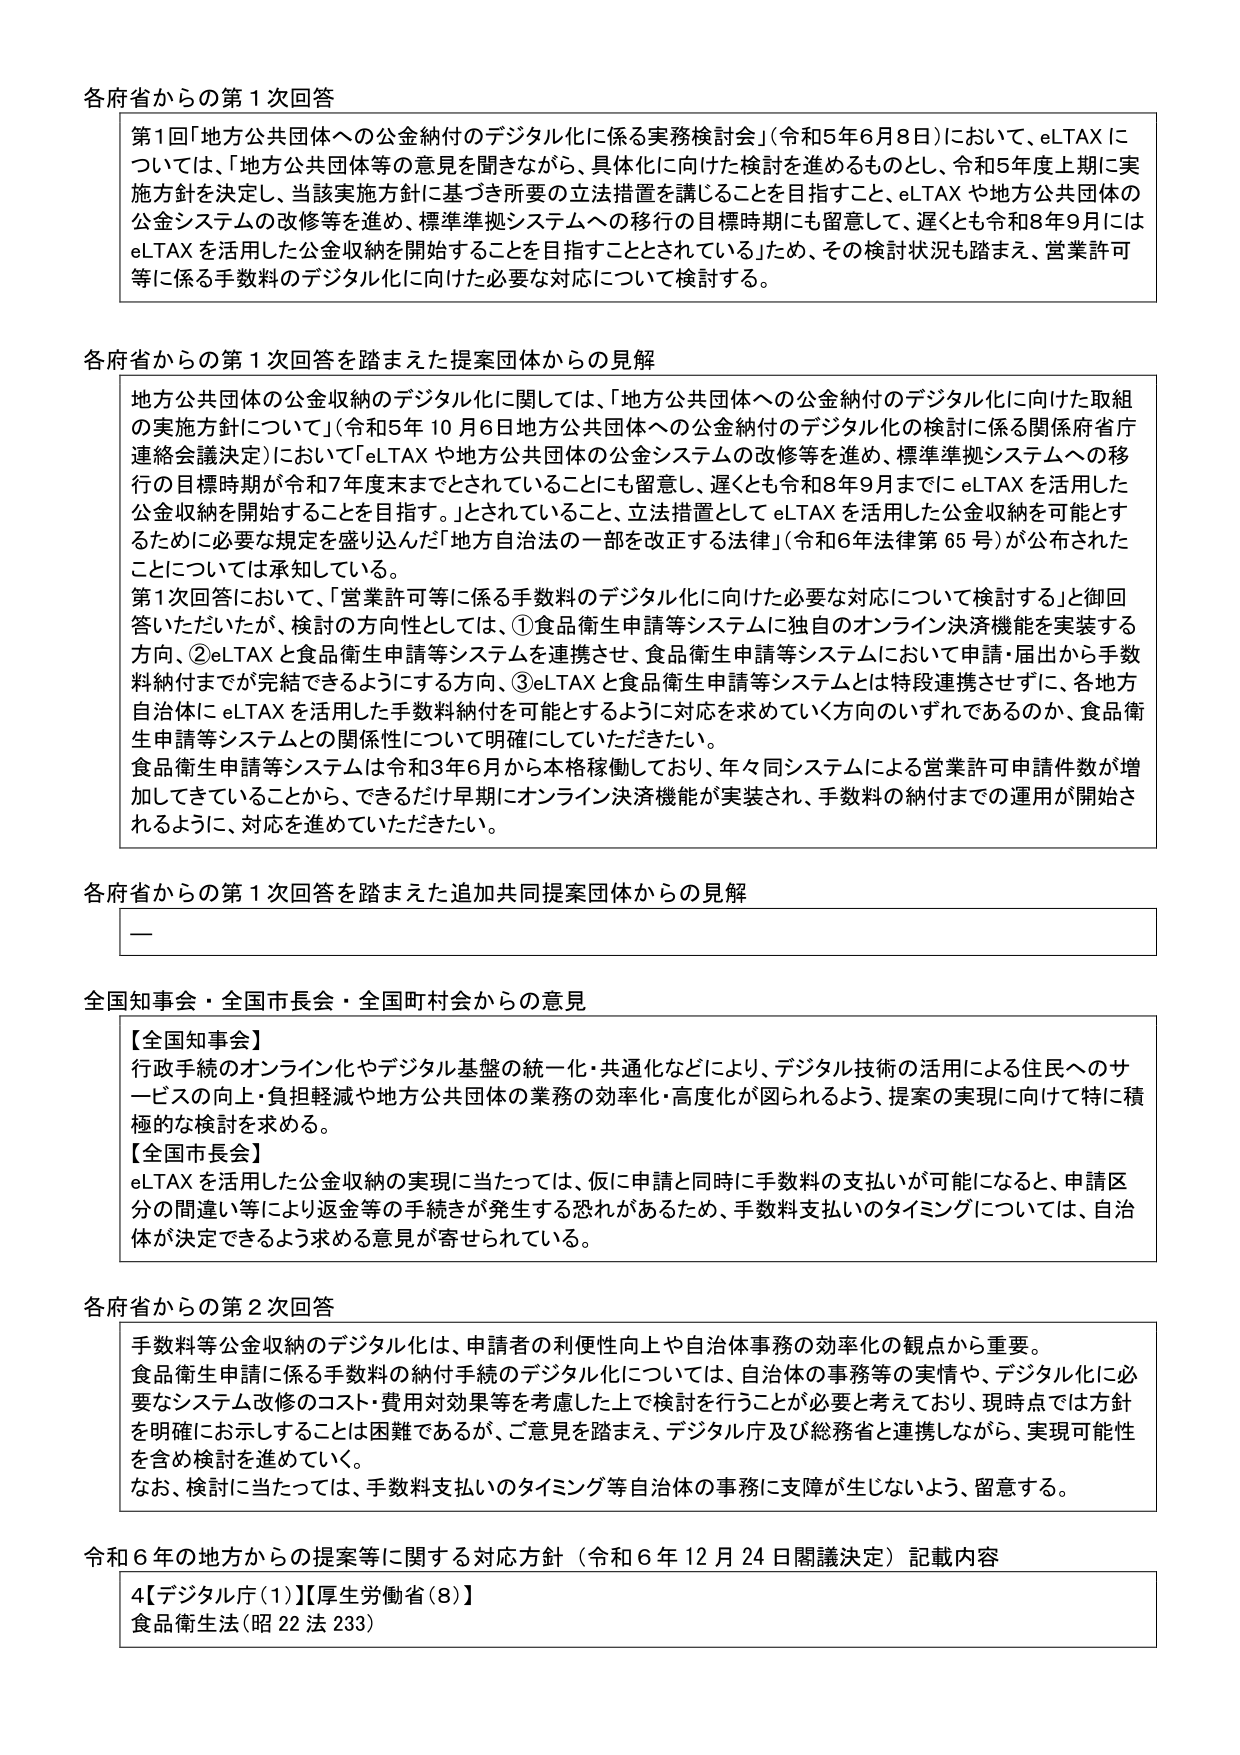
各府省からの第1次回答

第1回「地方公共団体への公金納付のデジタル化に係る実務検討会」（令和5年6月8日）において、eLTAXについては、「地方公共団体等の意見を聞きながら、具体化に向けた検討を進めるものとし、令和5年度上期に実施方針を決定し、当該実施方針に基づき所要の立法措置を講じることを目指すこと、eLTAXや地方公共団体の公金システムの改修等を進め、標準準拠システムへの移行の目標時期にも留意して、遅くとも令和8年9月にはeLTAXを活用した公金収納を開始することを目指すこととされている」ため、その検討状況も踏まえ、営業許可等に係る手数料のデジタル化に向けた必要な対応について検討する。

各府省からの第1次回答を踏まえた提案団体からの見解

地方公共団体の公金収納のデジタル化に関しては、「地方公共団体への公金納付のデジタル化に向けた取組の実施方針について」（令和5年10月6日地方公共団体への公金納付のデジタル化の検討に係る関係府省庁連絡会議決定）において「eLTAXや地方公共団体の公金システムの改修等を進め、標準準拠システムへの移行の目標時期が令和7年度末までとされていることにも留意し、遅くとも令和8年9月までにeLTAXを活用した公金収納を開始することを目指す。」とされていること、立法措置としてeLTAXを活用した公金収納を可能とするために必要な規定を盛り込んだ「地方自治法の一部を改正する法律」（令和6年法律第65号）が公布されたことについては承知している。

第1次回答において、「営業許可等に係る手数料のデジタル化に向けた必要な対応について検討する」と御回答いただいたが、検討の方向性としては、①食品衛生申請等システムに独自のオンライン決済機能を実装する方向、②eLTAXと食品衛生申請等システムを連携させ、食品衛生申請等システムにおいて申請・届出から手数料納付までが完結できるようにする方向、③eLTAXと食品衛生申請等システムとは特段連携させずに、各地方自治体にeLTAXを活用した手数料納付を可能とするように対応を求めていく方向のいずれであるのか、食品衛生申請等システムとの関係性について明確にしていただきたい。

食品衛生申請等システムは令和3年6月から本格稼働しており、年々同システムによる営業許可申請件数が増加してきていることから、できるだけ早期にオンライン決済機能が実装され、手数料の納付までの運用が開始されるように、対応を進めていただきたい。

各府省からの第1次回答を踏まえた追加共同提案団体からの見解

—

全国知事会・全国市長会・全国町村会からの意見

【全国知事会】
行政手続のオンライン化やデジタル基盤の統一・共通化などにより、デジタル技術の活用による住民へのサービスの向上・負担軽減や地方公共団体の業務の効率化・高度化が図られるよう、提案の実現に向けて特に積極的な検討を求める。

【全国市長会】
eLTAXを活用した公金収納の実現に当たっては、仮に申請と同時に手数料の支払いが可能になると、申請区分の間違い等により返金等の手続きが発生する恐れがあるため、手数料支払いのタイミングについては、自治体が決定できるよう求める意見が寄せられている。

各府省からの第2次回答

手数料等公金収納のデジタル化は、申請者の利便性向上や自治体事務の効率化の観点から重要。
食品衛生申請に係る手数料の納付手続のデジタル化については、自治体の事務等の実情や、デジタル化に必要なシステム改修のコスト・費用対効果等を考慮した上で検討を行うことが必要と考えており、現時点では方針を明確に示し得るところは困難であるが、ご意見を踏まえ、デジタル庁及び総務省と連携しながら、実現可能性を含め検討を進めていく。
なお、検討に当たっては、手数料支払いのタイミング等自治体の事務に支障が生じないよう、留意する。

令和6年の地方からの提案等に関する対応方針（令和6年12月24日閣議決定）記載内容

4【デジタル庁（1）】【厚生労働省（8）】
食品衛生法（昭22法233）